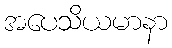
အပေသိယမာနာ